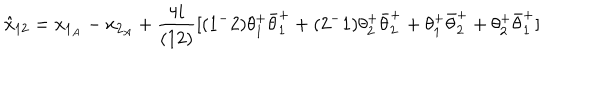
\hat { x } _ { 1 2 } = x _ { 1 _ { A } } - x _ { 2 _ { A } } + { \frac { 4 i } { ( 1 2 ) } } [ ( 1 ^ { - } 2 ) \theta _ { 1 } ^ { + } \bar { \theta } _ { 1 } ^ { + } + ( 2 ^ { - } 1 ) \theta _ { 2 } ^ { + } \bar { \theta } _ { 2 } ^ { + } + \theta _ { 1 } ^ { + } \bar { \theta } _ { 2 } ^ { + } + \theta _ { 2 } ^ { + } \bar { \theta } _ { 1 } ^ { + } ]